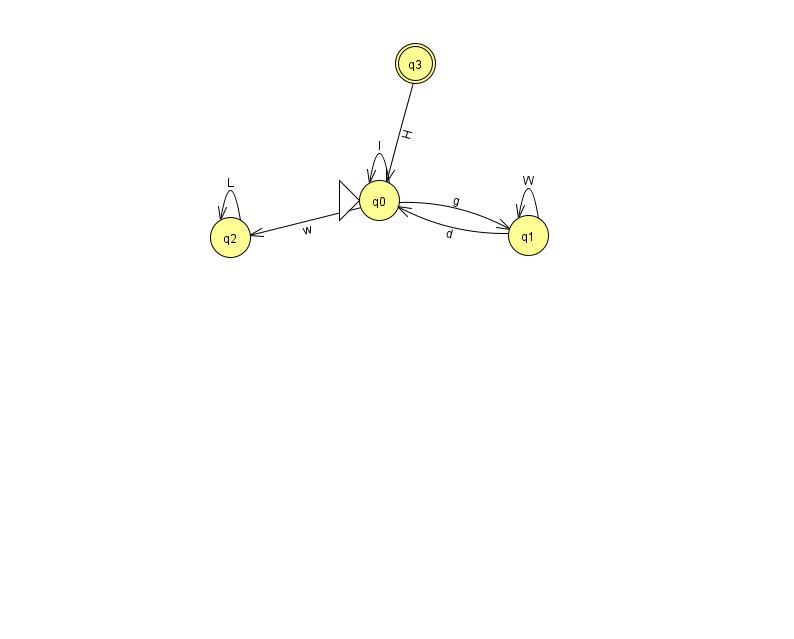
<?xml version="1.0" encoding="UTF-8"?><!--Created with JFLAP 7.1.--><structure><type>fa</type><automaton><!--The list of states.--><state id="0" name="q0"><x>379.0</x><y>187.0</y><initial/></state><state id="1" name="q1"><x>528.0</x><y>222.0</y></state><state id="2" name="q2"><x>230.0</x><y>224.0</y></state><state id="3" name="q3"><x>415.0</x><y>50.0</y><final/></state><!--The list of transitions.--><transition><from>3</from><to>0</to><read>H</read></transition><transition><from>1</from><to>1</to><read>W</read></transition><transition><from>0</from><to>1</to><read>g</read></transition><transition><from>1</from><to>0</to><read>d</read></transition><transition><from>0</from><to>0</to><read>l</read></transition><transition><from>2</from><to>2</to><read>L</read></transition><transition><from>0</from><to>2</to><read>w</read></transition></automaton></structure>